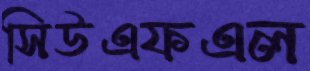
সিউএফএল